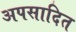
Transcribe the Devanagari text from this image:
अपसादित